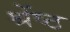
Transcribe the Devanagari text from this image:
श्रेंष्ठ